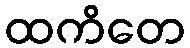
ထကိတေ